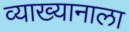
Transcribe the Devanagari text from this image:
व्याख्यानाला